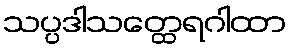
သပ္ပဒါသတ္ထေရဂါထာ